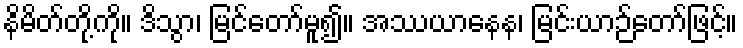
နိမိတ်တို့ကို။ ဒိသွာ၊ မြင်တော်မူ၍။ အဿယာနေန၊ မြင်းယာဉ်တော်ဖြင့်။